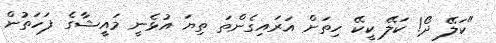
"ކަލޭ ދޯ! ކަލޭ ކީކޭ ހިތަށް އަރައިގެންތަ ތިޔަ އުޅެނީ މައީޝާގެ ފަހަތުން